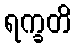
ရက္ခတိ